Indian journal of veterinary science and animal husbandry - Volume 11,
Year: 1941
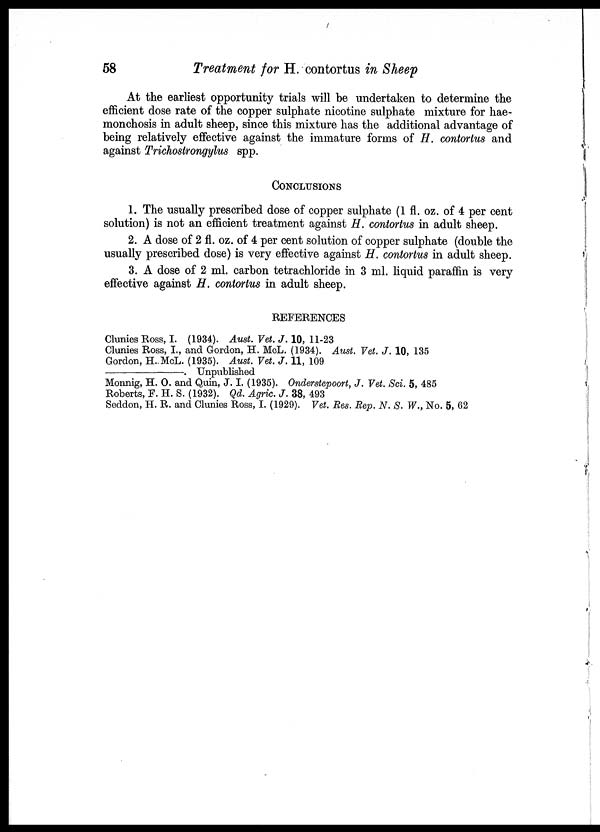
58
Treatment for H. contortus in Sheep
At the earliest opportunity trials will be undertaken to determine the
efficient dose rate of the copper sulphate nicotine sulphate mixture for hae-
monchosis in adult sheep, since this mixture has the additional advantage of
being relatively effective against the immature forms of H. contortus and
against Trichostrongylus spp.
CONCLUSIONS
1. The usually prescribed dose of copper sulphate (1 fl. oz. of 4 per cent
solution) is not an efficient treatment against H. contortus in adult sheep.
2. A dose of 2 fl. oz. of 4 per cent solution of copper sulphate (double the
usually prescribed dose) is very effective against H. contortus in adult sheep.
3. A dose of 2 ml. carbon tetrachloride in 3 ml. liquid paraffin is very
effective against H. contortus in adult sheep.
REFERENCES
Clunies Ross, I. (1934). Aust. Vet. J. 10, 11-23
Clunies Ross, I., and Gordon, H. McL. (1934). Aust. Vet. J. 10, 135
Gordon, H. McL. (1935). Aust. Vet. J. 11, 109
———————. Unpublished
Monnig, H. O. and Quin, J. I. (1935). Onderstepoort, J. Vet. Sci. 5, 485
Roberts, F. H. S. (1932). Qd. Agric. J. 38, 493
Seddon, H. R. and Clunies Ross, I. (1929). Vet. Res. Rep. N. S. W., No. 5, 62